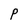
Character: P